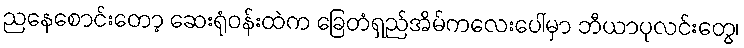
ညနေစောင်းတော့ ဆေးရုံဝန်းထဲက ခြေတံရှည်အိမ်ကလေးပေါ်မှာ ဘီယာပုလင်းတွေ၊